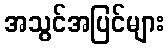
အသွင်အပြင်များ